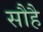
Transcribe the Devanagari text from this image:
सौहै